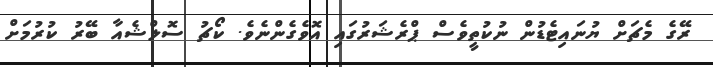
ރޭގެ މެޗަށް ޔުނައިޓެޑުން ނުކުތީވެސް ޕްރެޝަރުގައި އޮވެގެންނެވެ. ކޯޗު ސޮލްޝެއާ ބޭރު ކުރުމަށް